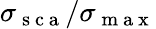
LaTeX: \sigma_{\mathrm{~s~c~a~}}/\sigma_{\mathrm{~m~a~x~}}